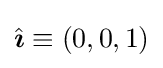
{\hat {\boldsymbol {\imath }}}\equiv (0,0,1)